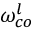
\omega _ { c o } ^ { l }